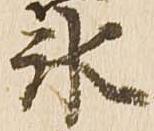
氷